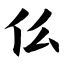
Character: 仫